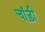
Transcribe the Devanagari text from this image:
चांड़ी